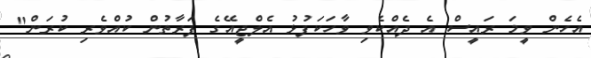
އެހެން ވީމަ ރައީސް އެ ދެއްކެވި ވާހަކަފުޅު އެލްޖީއޭގެ ފަރާތުން ކުއްވެރި ކުރަން"